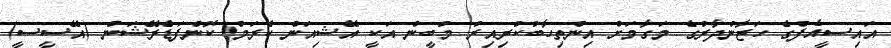
އައިސީއެފްގެ ހަޒާންދާރުގެ މަގާމަށް އިންތިހާބުކުރިއިރު މުބީން އަކީ އޭޝިއަން ކެރަމް ކޮންފަޑެރޭޝަން (އޭސީސީ)